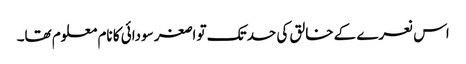
اس نعرے کے خالق کی حد تک تو اصغر سودائی کا نام معلوم تھا۔